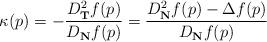
LaTeX: \begin{align*}\kappa(p)=-\frac{D_{\mathbf{T}}^{2}f(p)}{D_{\mathbf{N}}f(p)}=\frac{D_{\mathbf{N}}^{2}f(p)-\Delta f(p)}{D_{\mathbf{N}}f(p)}\end{align*}